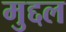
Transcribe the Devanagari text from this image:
मुद्दल